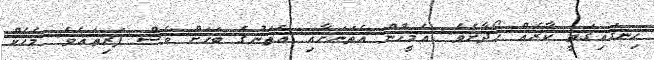
ހިނގައިގަތީ ކާރެއް ހޯދާށެވެ. އެމީހުން އެތަނަށާއި އެތަނުގެ ބަހަށް ވެސް ފަރިތައެވެ. މެހެކް